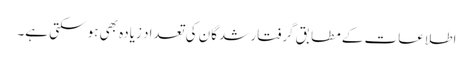
اطلاعات کے مطابق گرفتار شدگان کی تعداد زیادہ بھی ہو سکتی ہے۔